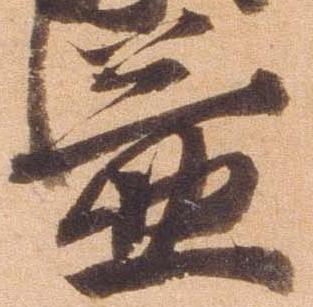
益